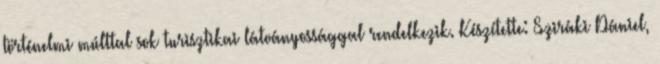
történelmi múlttal sok turisztikai látványossággal rendelkezik. Készítette: Sziráki Dániel,